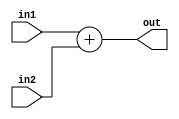
`timescale 1ns/1ps
module normalAdder(in1, in2, out);
	input [31:0] in1, in2;
	output [31:0] out;

	assign out = in1 + in2;
endmodule